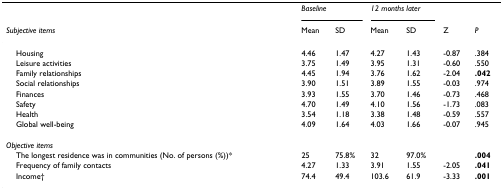
<table><thead><tr><td></td><td colspan="2"><b><i>Baseline</i></b></td><td colspan="2"><b><i>12 months later</i></b></td><td></td><td></td></tr><tr><td><b><i>Subjective items</i></b></td><td><b>Mean</b></td><td><b>SD</b></td><td><b>Mean</b></td><td><b>SD</b></td><td><b>Z</b></td><td><b><i>P</i></b></td></tr></thead><tbody><tr><td> Housing</td><td>4.46</td><td>1.47</td><td>4.27</td><td>1.43</td><td>-0.87</td><td>.384</td></tr><tr><td> Leisure activities</td><td>3.75</td><td>1.49</td><td>3.95</td><td>1.31</td><td>-0.60</td><td>.550</td></tr><tr><td> Family relationships</td><td>4.45</td><td>1.94</td><td>3.76</td><td>1.62</td><td>-2.04</td><td><b>.042</b></td></tr><tr><td> Social relationships</td><td>3.90</td><td>1.51</td><td>3.89</td><td>1.55</td><td>-0.03</td><td>.974</td></tr><tr><td> Finances</td><td>3.93</td><td>1.55</td><td>3.70</td><td>1.46</td><td>-0.73</td><td>.468</td></tr><tr><td> Safety</td><td>4.70</td><td>1.49</td><td>4.10</td><td>1.56</td><td>-1.73</td><td>.083</td></tr><tr><td> Health</td><td>3.54</td><td>1.18</td><td>3.38</td><td>1.48</td><td>-0.59</td><td>.557</td></tr><tr><td> Global well-being</td><td>4.09</td><td>1.64</td><td>4.03</td><td>1.66</td><td>-0.07</td><td>.945</td></tr><tr><td><i>Objective items</i></td><td></td><td></td><td></td><td></td><td></td><td></td></tr><tr><td> The longest residence was in communities (No. of persons (%))*</td><td>25</td><td>75.8%</td><td>32</td><td>97.0%</td><td></td><td><b>.004</b></td></tr><tr><td> Frequency of family contacts</td><td>4.27</td><td>1.33</td><td>3.91</td><td>1.55</td><td>-2.05</td><td><b>.041</b></td></tr><tr><td> Income†</td><td>74.4</td><td>49.4</td><td>103.6</td><td>61.9</td><td>-3.33</td><td><b>.001</b></td></tr></tbody></table>